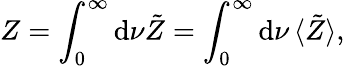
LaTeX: Z=\int_{0}^{\infty}\mathrm{d}\nu\tilde{{Z}}=\int_{0}^{\infty}\mathrm{d}\nu\, \langle\tilde{{Z}}\rangle,